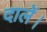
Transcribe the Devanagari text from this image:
दालें।